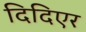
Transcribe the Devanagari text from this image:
दिदिएर